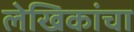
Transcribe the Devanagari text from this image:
लेखिकांचा